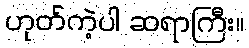
ဟုတ်ကဲ့ပါ ဆရာကြီး။